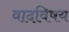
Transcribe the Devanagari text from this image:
वादविषय